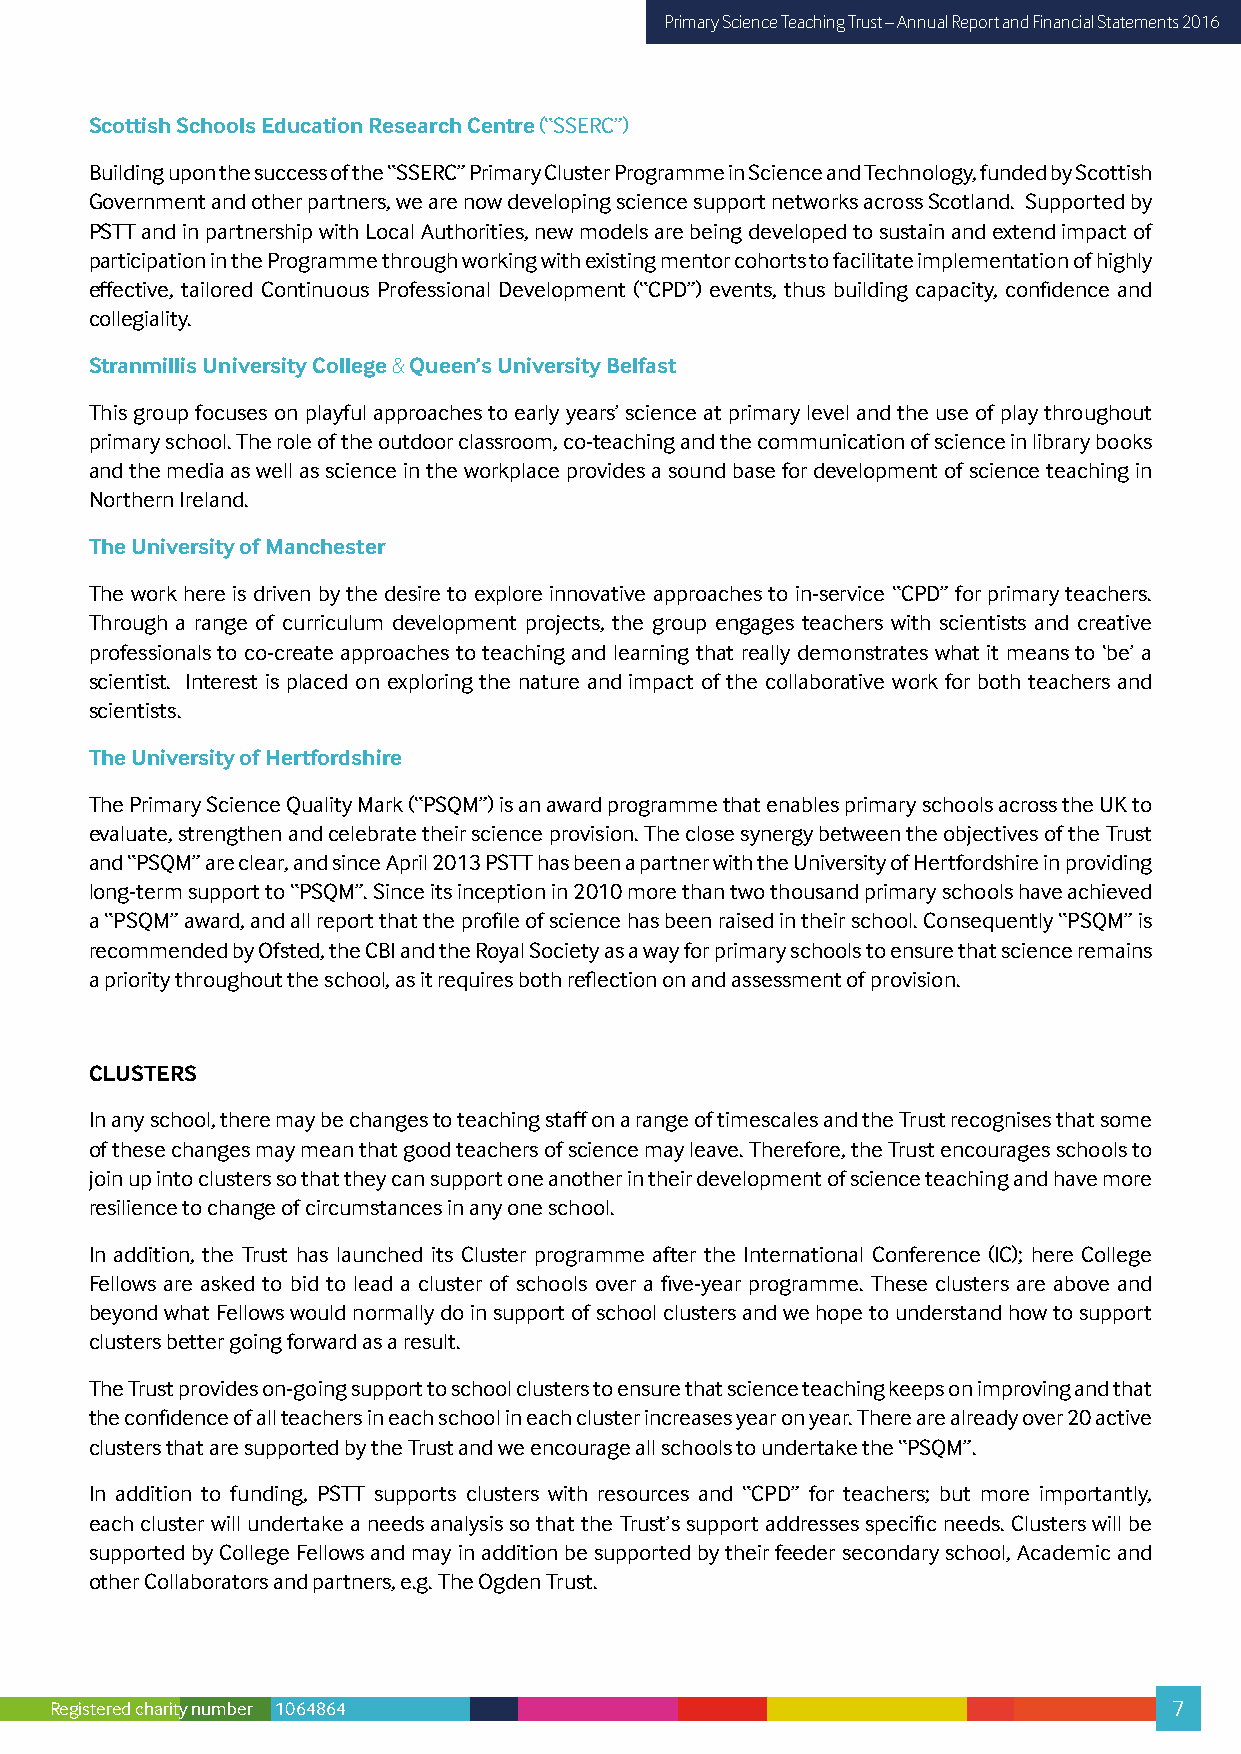
Primary Science Teaching Trust – Annual Report and Financial Statements 2016
 Scottish Schools Education Research Centre (“SSERC”)
 Building upon the success of the “SSERC” Primary Cluster Programme in Science and Technology, funded by Scottish
 Government and other partners, we are now developing science support networks across Scotland. Supported by
 PSTT and in partnership with Local Authorities, new models are being developed to sustain and extend impact of
 participation in the Programme through working with existing mentor cohorts to facilitate implementation of highly
 effective, tailored Continuous Professional Development (“CPD”) events, thus building capacity, confidence and
 collegiality.
 Stranmillis University College & Queen’s University Belfast
 This group focuses on playful approaches to early years’ science at primary level and the use of play throughout
 primary school. The role of the outdoor classroom, co-teaching and the communication of science in library books
 and the media as well as science in the workplace provides a sound base for development of science teaching in
 Northern Ireland.
 The University of Manchester
 The work here is driven by the desire to explore innovative approaches to in-service “CPD” for primary teachers.
 Through a range of curriculum development projects, the group engages teachers with scientists and creative
 professionals to co-create approaches to teaching and learning that really demonstrates what it means to ‘be’ a
 scientist. Interest is placed on exploring the nature and impact of the collaborative work for both teachers and
 scientists.
 The University of Hertfordshire
 The Primary Science Quality Mark (“PSQM”) is an award programme that enables primary schools across the UK to
 evaluate, strengthen and celebrate their science provision. The close synergy between the objectives of the Trust
 and “PSQM” are clear, and since April 2013 PSTT has been a partner with the University of Hertfordshire in providing
 long-term support to “PSQM”. Since its inception in 2010 more than two thousand primary schools have achieved
 a “PSQM” award, and all report that the profile of science has been raised in their school. Consequently “PSQM” is
 recommended by Ofsted, the CBI and the Royal Society as a way for primary schools to ensure that science remains
 a priority throughout the school, as it requires both reflection on and assessment of provision.
 CLUSTERS
 In any school, there may be changes to teaching staff on a range of timescales and the Trust recognises that some
 of these changes may mean that good teachers of science may leave. Therefore, the Trust encourages schools to
 join up into clusters so that they can support one another in their development of science teaching and have more
 resilience to change of circumstances in any one school.
 In addition, the Trust has launched its Cluster programme after the International Conference (IC); here College
 Fellows are asked to bid to lead a cluster of schools over a five-year programme. These clusters are above and
 beyond what Fellows would normally do in support of school clusters and we hope to understand how to support
 clusters better going forward as a result.
 The Trust provides on-going support to school clusters to ensure that science teaching keeps on improving and that
 the confidence of all teachers in each school in each cluster increases year on year. There are already over 20 active
 clusters that are supported by the Trust and we encourage all schools to undertake the “PSQM”.
 In addition to funding, PSTT supports clusters with resources and “CPD” for teachers; but more importantly,
 each cluster will undertake a needs analysis so that the Trust’s support addresses specific needs. Clusters will be
 supported by College Fellows and may in addition be supported by their feeder secondary school, Academic and
 other Collaborators and partners, e.g. The Ogden Trust.
 Registered charity number 1064864                                          7